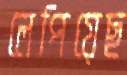
লেপিয়েছ